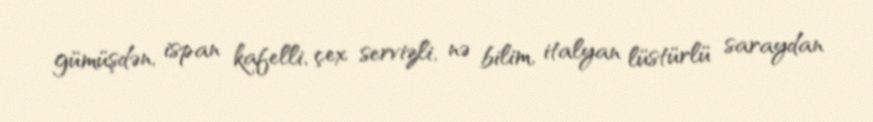
gümüşdən, ispan kafelli, çex servizli, nə bilim, italyan lüstürlü saraydan